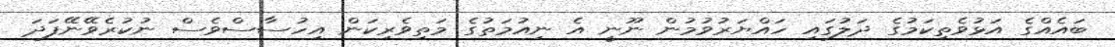
ބައެއްގެ އަޅުވެތިކަމުގެ ދަލުގައި ހައްޔަރުވުމުން ނޫނީ އެ ނިއުމަތުގެ މަތިވެރިކަން އިހުސާސްވެސް ނުކުރެވޭނޭފަދަ